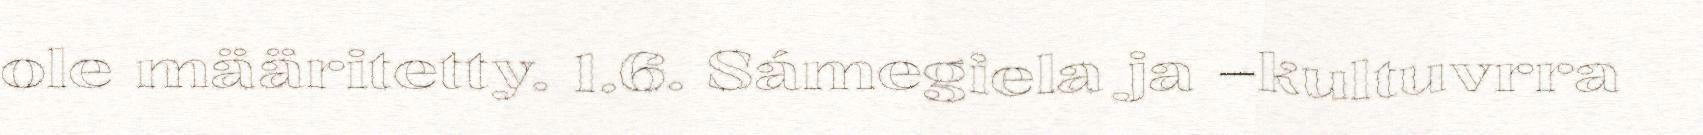
ole määritetty. 1.6. Sámegiela ja –kultuvrra